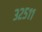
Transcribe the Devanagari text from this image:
३२५११